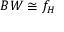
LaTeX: B W \cong f _ { H }